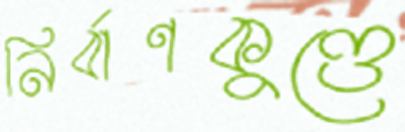
নির্বাণকুণ্ডে